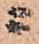
ニ